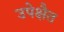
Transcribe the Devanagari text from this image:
उपेक्षैत